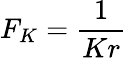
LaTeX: F_{K}=\frac{1}{Kr}